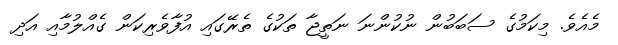
މެއެވެ. މިކަމުގެ ސަބަބުން ނުކުންނަ ނަތީޖާ ތަކުގެ ތެރޭގައި އުފާވެރިކަން ގެއްލުމާއި އަދި